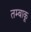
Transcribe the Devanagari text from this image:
तम्‍बाकू